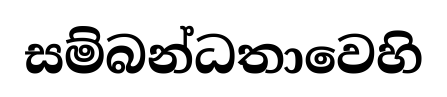
සම්බන්ධතාවෙහි